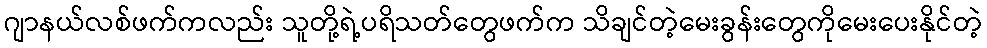
ဂျာနယ်လစ်ဖက်ကလည်း သူတို့ရဲ့ပရိသတ်တွေဖက်က သိချင်တဲ့မေးခွန်းတွေကိုမေးပေးနိုင်တဲ့